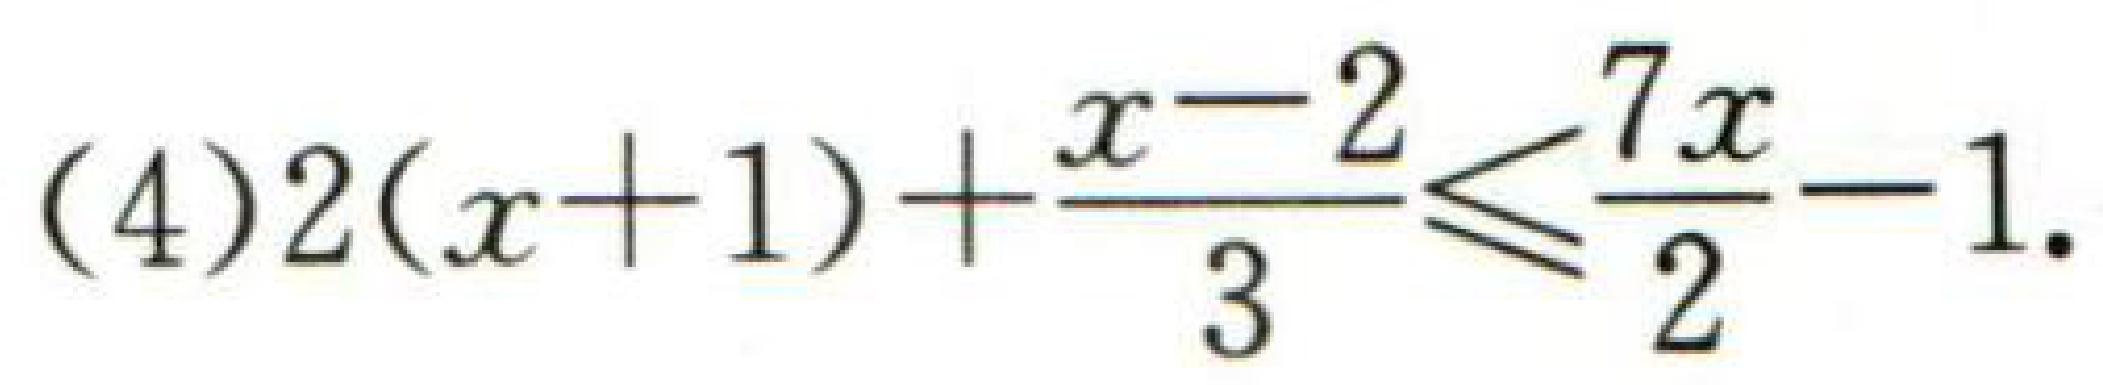
\((4)2(x + 1)+\frac{x - 2}{3}\leq\frac{7x}{2}-1\)